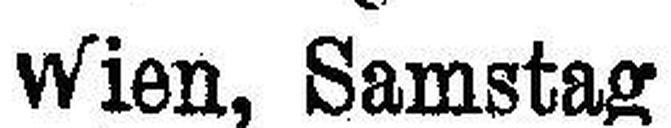
Wien, Samstag